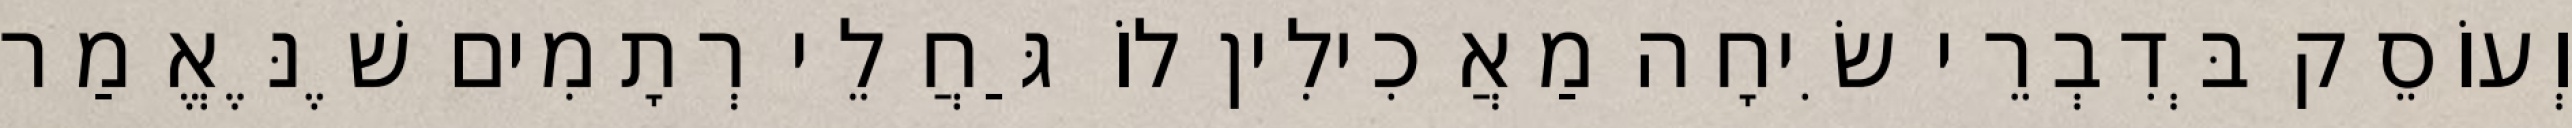
וְעוֹסֵק בְּדִבְרֵי שִׂיחָה מַאֲכִילִין לוֹ גַּחֲלֵי רְתָמִים שֶׁנֶּאֱמַר